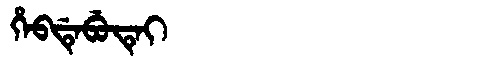
Manchu: ᡥᡝᠪᡩᡝᠪᡠᡨᡝᡳ
Romanization: HEBDEBUTEI